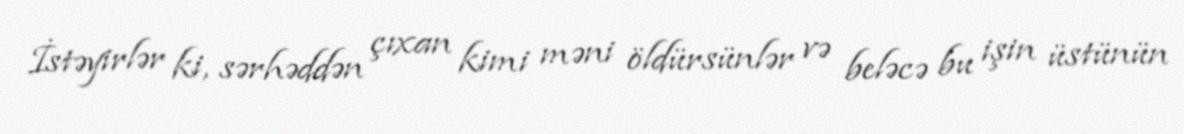
İstəyirlər ki, sərhəddən çıxan kimi məni öldürsünlər və beləcə bu işin üstünün